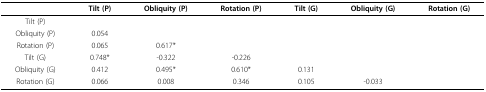
|  | Tilt (P) | Obliquity (P) | Rotation (P) | Tilt (G) | Obliquity (G) | Rotation (G) |
 | --- | --- | --- | --- | --- | --- | --- |
 | Tilt (P) |  |  |  |  |  |  |
 | Obliquity (P) | 0.054 |  |  |  |  |  |
 | Rotation (P) | 0.065 | 0.617* |  |  |  |  |
 | Tilt (G) | 0.748* | -0.322 | -0.226 |  |  |  |
 | Obliquity (G) | 0.412 | 0.495* | 0.610* | 0.131 |  |  |
 | Rotation (G) | 0.066 | 0.008 | 0.346 | 0.105 | -0.033 |  |